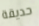
حديقة